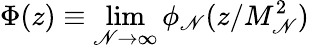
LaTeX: \Phi(z)\equiv\operatorname*{lim}_{\mathscr{N}\rightarrow\infty}\phi_{\mathscr{N}}(z/M_{\mathscr{N}}^{2})